system: You are a helpful assistant.
user:
Analyze the provided spectrum to determine if it is a **Carbon Star (C-type)**.

- **Key Visual Indicators of Carbon Star:**
    - **(Primary):** Strong molecular absorption from **C₂ (diatomic carbon) "Swan Bands."** This is the **defining feature** of a carbon star.
        - **(Key Bandheads):** Sharp absorption edges are visible at approximately $5635$ Å, $5165$ Å (the strongest band), and $4737$ Å.
        - **(Line Profile):** Creates a distinct **"saw-tooth"** pattern. The key morphology is a sharp, steep bandhead on the **red (long-wavelength) side**, which then gradually tapers off (i.e., flux recovers) towards the **blue (short-wavelength) side**. *(This is the direct opposite of the TiO bands seen in M-type stars)*.

    - **(Secondary):** Intense **CN (cyanogen)** molecular absorption bands.
        - **(Key Bandheads):** Located in the blue and violet regions of the spectrum (e.g., near $4215$ Å and $3883$ Å).
        - **(Morphology):** These bands are extremely broad and act as a "blanket," absorbing the vast majority of blue and violet light. This creates a characteristic **"cliff"** or **"steep drop-off"** in the spectrum's flux at short wavelengths.

    - **(Key Confirmation):** Strong **CH absorption band (G-band)**.
        - **(Key Bandhead):** Located around $4300$ Å. The contribution from CH molecules to this band is exceptionally strong.

    - **(Overall Spectrum):**
        - The continuum is severely "chopped up" by these deep molecular bands, especially C₂, rather than appearing as a smooth curve.
        - Due to the heavy CN and C₂ absorption in the blue-green, the vast majority of the star's flux is concentrated in the red part of the spectrum, giving the star its characteristic deep red color.

Think first, call **spectral_visualization_tool** if needed to examine features in detail, then provide your final answer. Your response must adhere to the following strict rules:
1.  **Overall Structure:** Your response must follow the format `<think>...</think> <tool_call>...</tool_call> (if a tool is used) <answer>...</answer>`.
2.  **Tool Usage Constraint:** You may only make **one** tool call per turn.
3.  **Final Answer Format:** In the `<answer>` tag, your conclusion must be inside a `\boxed{}` command (e.g., `\boxed{YES}`), followed by your justification.

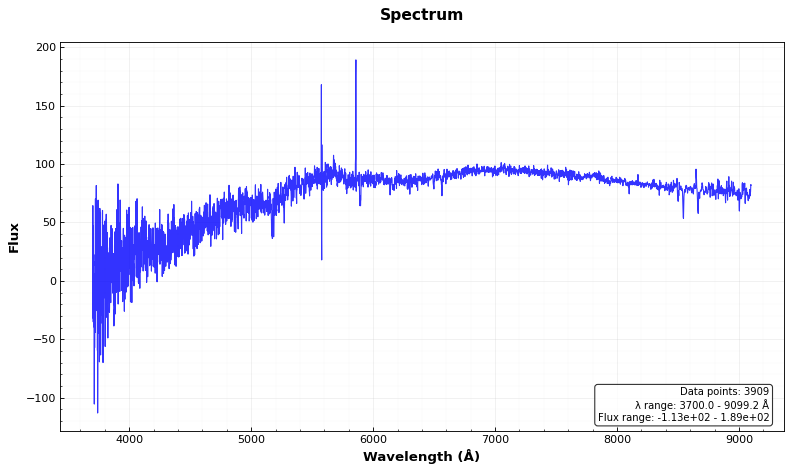
Answer: NO